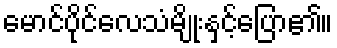
မောင်ပိုင်လေသံမျိုးနှင့်ပြော၏။